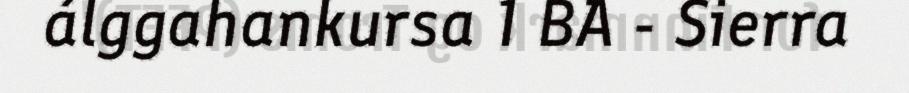
álggahankursa 1 BA - Sierra